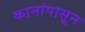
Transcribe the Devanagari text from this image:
कानांपासून